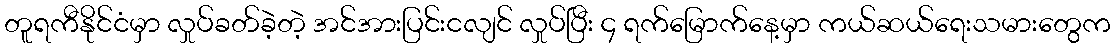
တူရကီနိုင်ငံမှာ လှုပ်ခတ်ခဲ့တဲ့ အင်အားပြင်းငလျင် လှုပ်ပြီး ၄ ရက်မြောက်နေ့မှာ ကယ်ဆယ်ရေးသမားတွေက